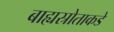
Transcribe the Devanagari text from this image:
बाह्यस्रोताकडे